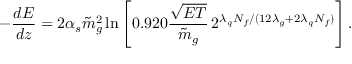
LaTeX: - \frac { d E } { d z } = 2 \alpha _ { s } { \tilde { m } } _ { g } ^ { 2 } \ln \left[ 0 . 9 2 0 \frac { \sqrt { E T } } { \tilde { m } _ { g } } \, 2 ^ { \lambda _ { q } N _ { f } / ( 1 2 \lambda _ { g } + 2 \lambda _ { q } N _ { f } ) } \right] .